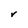
Character: V